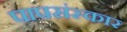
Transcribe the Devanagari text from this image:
पापसंस्कार